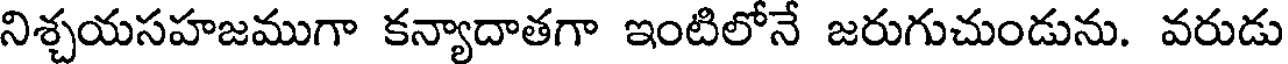
నిశ్చయసహజముగా కన్యాదాతగా ఇంటిలోనే జరుగుచుండును. వరుడు